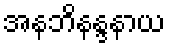
အနဘိနန္ဒနာယ